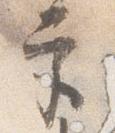
宮